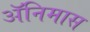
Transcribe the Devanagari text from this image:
ॲनिमास